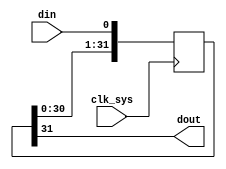
//trans_wire.v

module trans_wire(
din,
dout,
//clk
clk_sys
);
input  din;
output dout;
//clk
input clk_sys;
//----------------------------------------
//----------------------------------------

reg [31:0]	dbuf;
always @(posedge clk_sys)
	dbuf <= {dbuf[30:0],din};

wire dout = dbuf[31];

	
endmodule